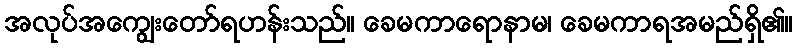
အလုပ်အကျွေးတော်ရဟန်းသည်။ ခေမကာရောနာမ၊ ခေမကာရအမည်ရှိ၏။